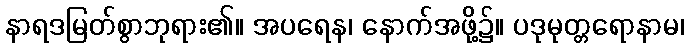
နာရဒမြတ်စွာဘုရား၏။ အပရေန၊ နောက်အဖို့၌။ ပဒုမုတ္တရောနာမ၊